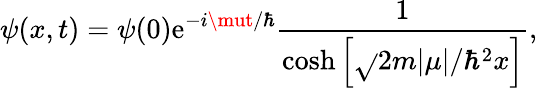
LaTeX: \psi(x,t)=\psi(0)\mathrm{e}^{-i\mut/\hbar}{\frac{{1}}{{\cosh\left[{\sqrt{}{{2m\vert\mu\vert/\hbar^{2}}}}x\right]}}},